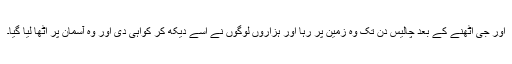
اور جی اٹھنے کے بعد چالیس دن تک وہ زمین پر رہا اور ہزاروں لوگوں نے اسے دیکھ کر کواہی دی اور وہ آسمان پر اٹھا لیا گیا۔